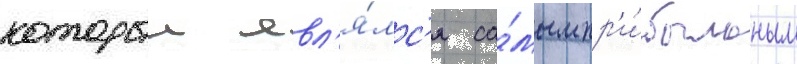
которыи явл'я́лс'я са́мым пр'и́быльным